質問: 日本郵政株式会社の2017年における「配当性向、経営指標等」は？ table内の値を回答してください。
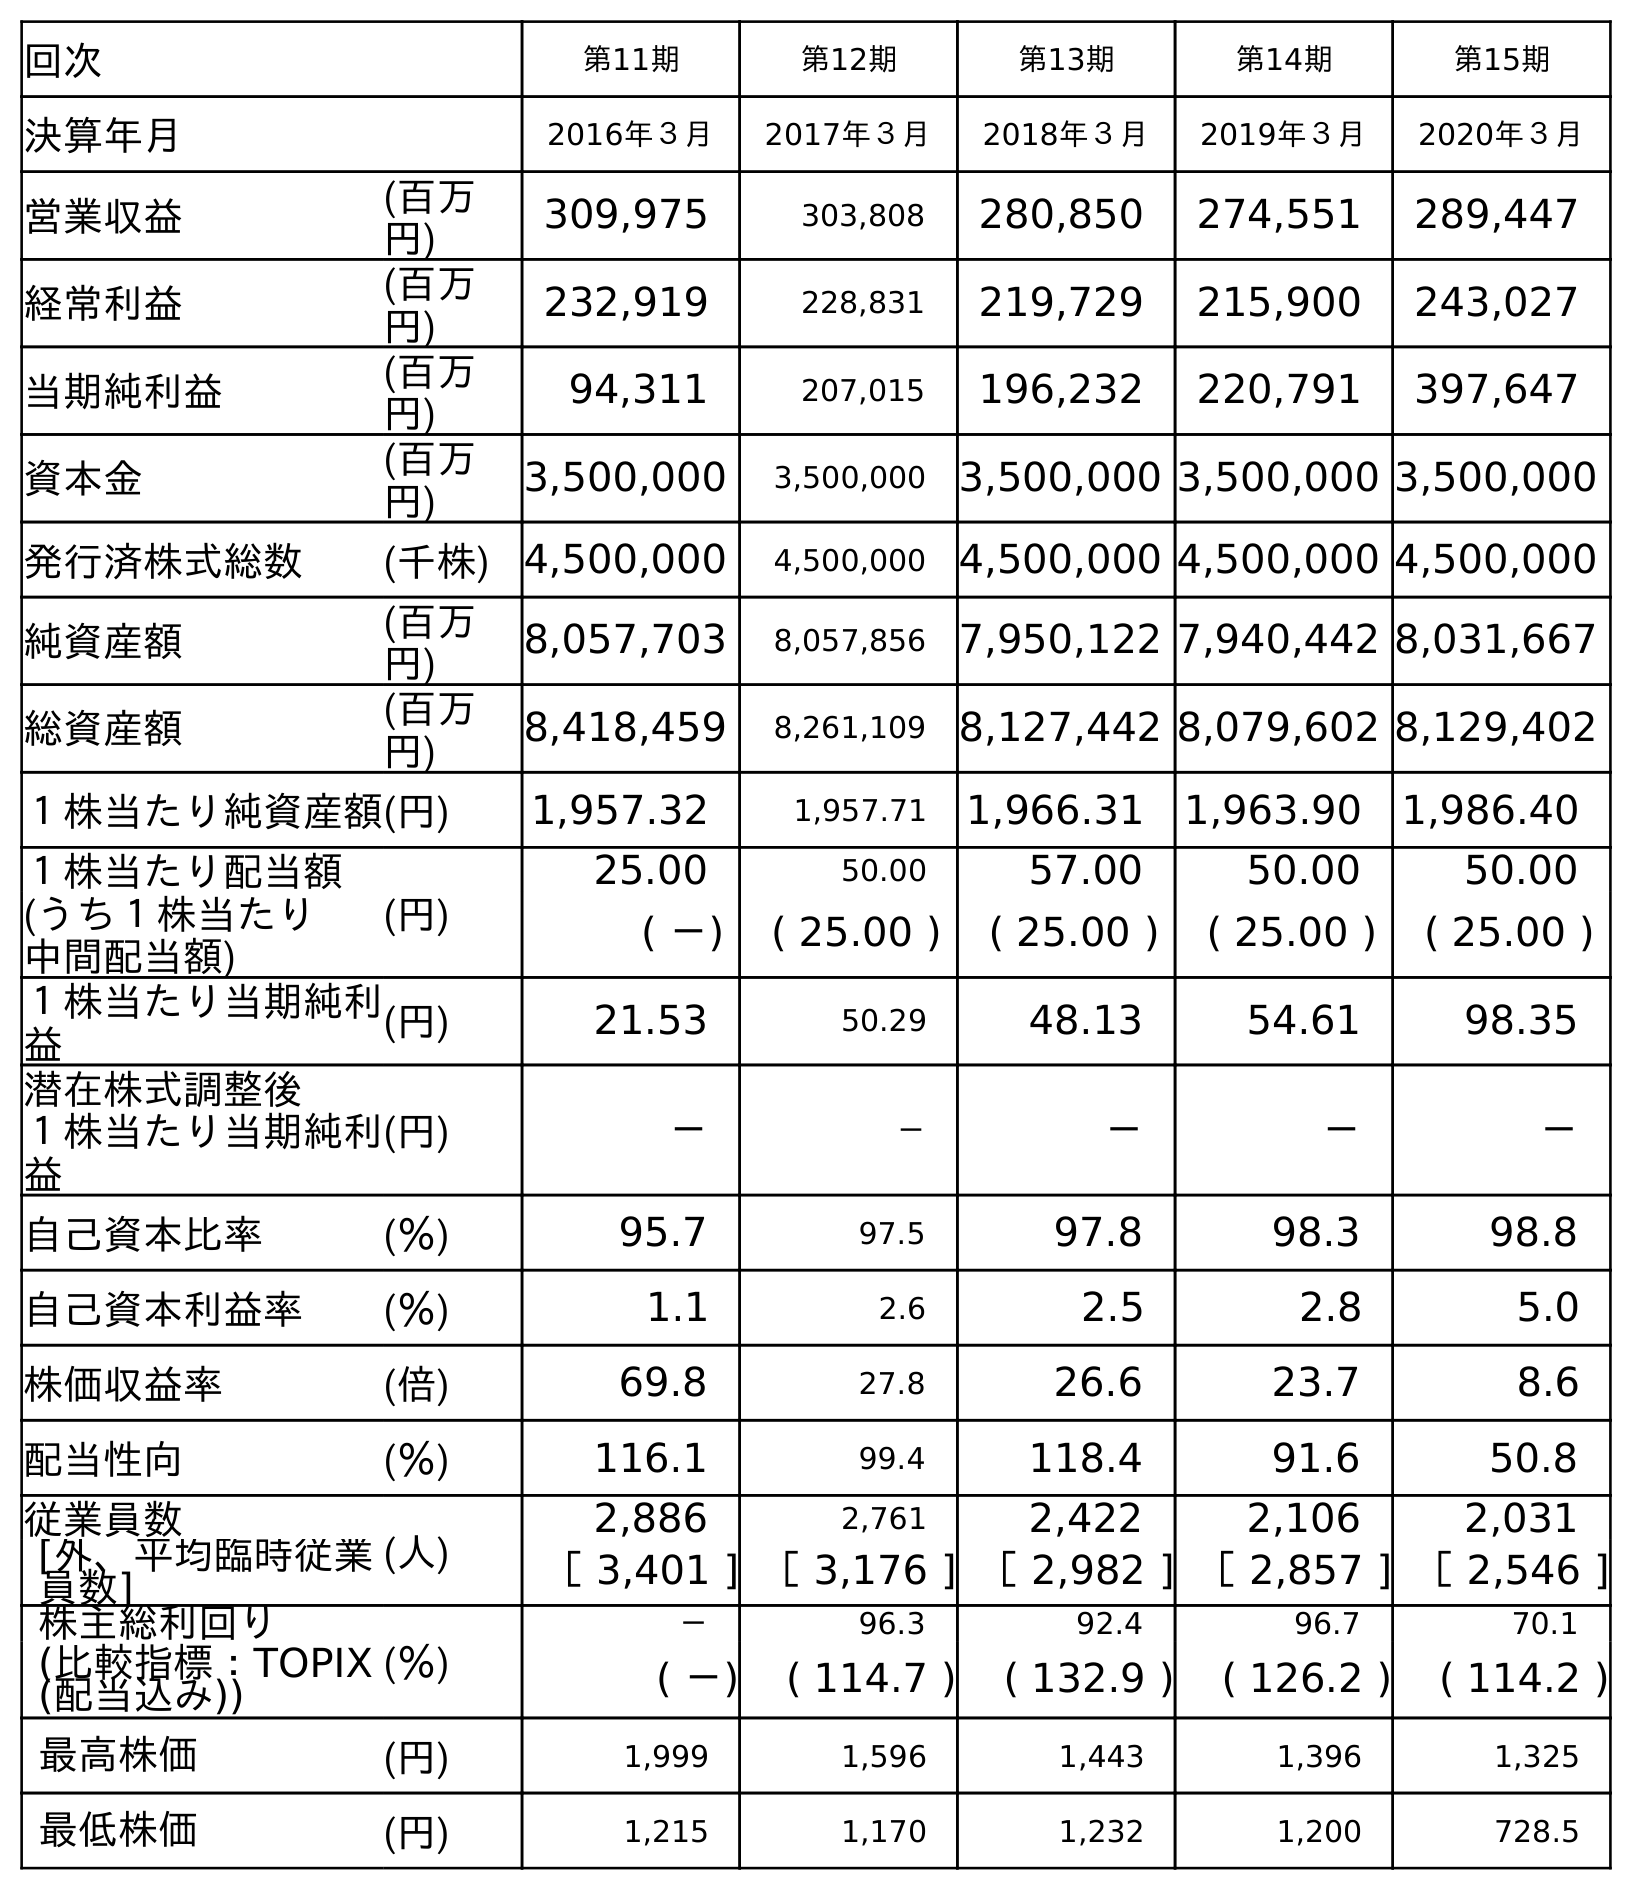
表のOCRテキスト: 回次 第11期 第12期 第13期 第14期 第15期 決算年月 2016年３月 2017年３月 2018年３月 2019年３月 2020年３月 営業収益 (百万 円) 309,975 303,808 280,850 274,551 289,447 経常利益 (百万 円) 232,919 228,831 219,729 215,900 243,027 当期純利益 (百万 円) 94,311 207,015 196,232 220,791 397,647 資本金 (百万 円) 3,500,000 3,500,000 3,500,000 3,500,000 3,500,000 発行済株式総数 (千株) 4,500,000 4,500,000 4,500,000 4,500,000 4,500,000 純資産額 (百万 円) 8,057,703 8,057,856 7,950,122 7,940,442 8,031,667 総資産額 (百万 円) 8,418,459 8,261,109 8,127,442 8,079,602 8,129,402 １株当たり純資産額(円) 1,957.32 1,957.71 1,966.31 1,963.90 1,986.40 １株当たり配当額 (円) 25.00 50.00 57.00 50.00 50.00 (うち１株当たり 中間配当額) ( －) ( 25.00 ) ( 25.00 ) ( 25.00 ) ( 25.00 ) １株当たり当期純利 益 (円) 21.53 50.29 48.13 54.61 98.35 潜在株式調整後 １株当たり当期純利 益 (円) － － － － － 自己資本比率 (％) 95.7 97.5 97.8 98.3 98.8 自己資本利益率 (％) 1.1 2.6 2.5 2.8 5.0 株価収益率 (倍) 69.8 27.8 26.6 23.7 8.6 配当性向 (％) 116.1 99.4 118.4 91.6 50.8 従業員数 (人) 2,886 2,761 2,422 2,106 2,031 [外、平均臨時従業 員数] ［ 3,401 ] ［ 3,176 ] ［ 2,982 ] ［ 2,857 ] ［ 2,546 ] 株主総利回り (％) － 96.3 92.4 96.7 70.1 (比較指標：TOPIX (配当込み)) ( －) ( 114.7 ) ( 132.9 ) ( 126.2 ) ( 114.2 ) 最高株価 (円) 1,999 1,596 1,443 1,396 1,325 最低株価 (円) 1,215 1,170 1,232 1,200 728.5
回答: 99.4